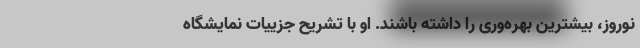
نوروز، بیشترین بهره‌وری را داشته باشند. او با تشریح جزییات نمایشگاه